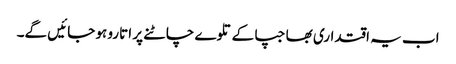
اب یہ اقتداری بھاجپا کے تلوے چاٹنے پر اتارو ہو جائیں گے۔